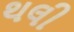
થલી